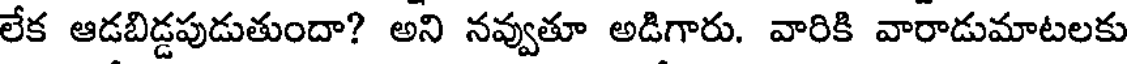
లేక ఆడబిడ్డపుడుతుందా? అని నవ్వుతూ అడిగారు. వారికి వారాడుమాటలకు